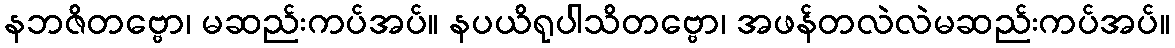
နဘဇိတဗ္ဗော၊ မဆည်းကပ်အပ်။ နပယိရုပါသိတဗ္ဗော၊ အဖန်တလဲလဲမဆည်းကပ်အပ်။